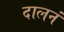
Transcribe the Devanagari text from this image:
दालनं